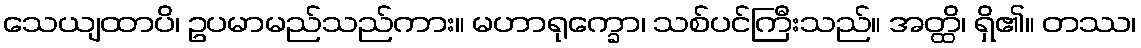
သေယျထာပိ၊ ဥပမာမည်သည်ကား။ မဟာရုက္ခော၊ သစ်ပင်ကြီးသည်။ အတ္ထိ၊ ရှိ၏။ တဿ၊